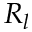
R _ { l }